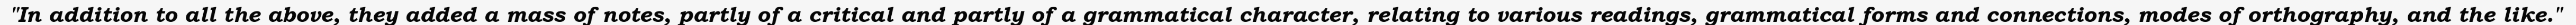
"In addition to all the above, they added a mass of notes, partly of a critical and partly of a grammatical character, relating to various readings, grammatical forms and connections, modes of orthography, and the like."